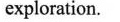
exploration.